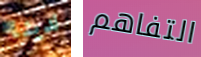
لدينا التفاهم